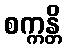
စက္ကန္တိ